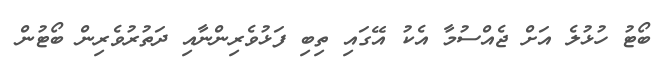
ބޯޓު ހުޅުލެ އަށް ޖެއްސުމާ އެކު އޭގައި ތިބި ފަޅުވެރިންނާއި ދަތުރުވެރިން ބޯޓުން